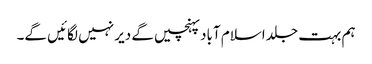
ہم بہت جلد اسلام آباد پہنچیں گے دیر نہیں لگائیں گے۔